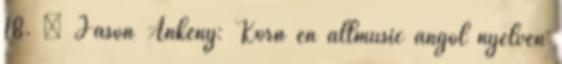
18. ↑ Jason Ankeny: Korn en allmusic angol nyelven